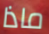
ماذا